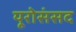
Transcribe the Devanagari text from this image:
यूरोसंसद